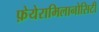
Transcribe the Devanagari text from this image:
फ़ेयेरामिलानोसिटी